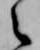
之